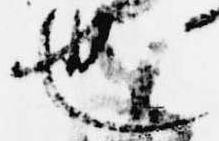
也